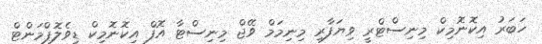
ހަބަރު އިކޮނޮމިކް މިނިސްޓްރީ ވިޔަފާރި މިނިމަމް ވޭޖް މިނިސްޓާ އޮފް އިކޮނޮމިކް ޑިވެލޮޕްމަންޓް